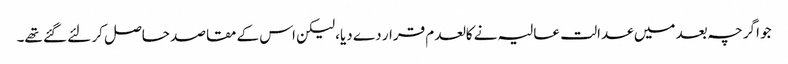
جو اگرچہ بعد میں عدالت عالیہ نے کالعدم قرار دے دیا، لیکن اس کے مقاصد حاصل کر لئے گئے تھے۔